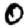
Digit: 0